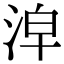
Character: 𣴢